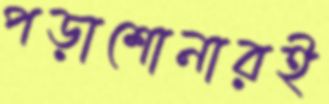
পড়াশোনারই